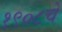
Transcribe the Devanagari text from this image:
१९०८चे